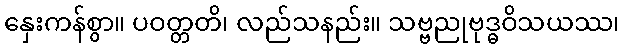
နှေးကန်စွာ။ ပဝတ္တတိ၊ လည်သနည်း။ သဗ္ဗညုဗုဒ္ဓဝိသယဿ၊